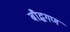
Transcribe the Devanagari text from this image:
बौद्धगण